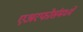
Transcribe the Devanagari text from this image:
एअरफोर्समध्ये